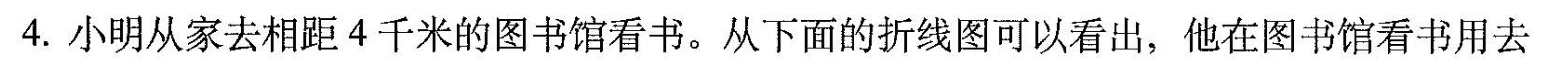
4.小明从家去相距4千米的图书馆看书。从下面的折线图可以看出，他在图书馆看书用去